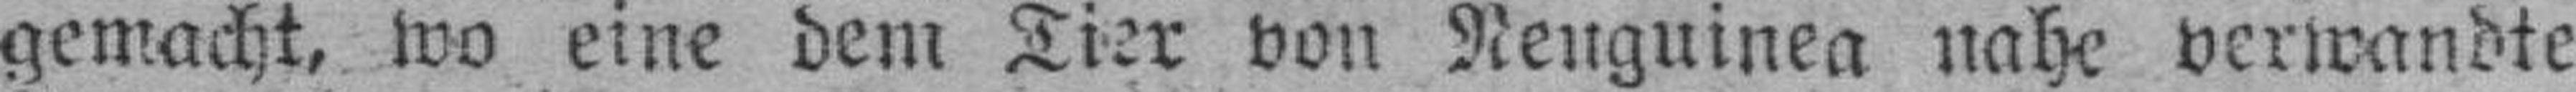
gemacht, wo eine dem Tier von Neuguinea nahe verwandte